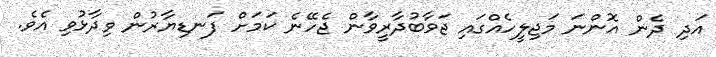
އަދި ދެން އޮންނަ މަޖިލީހެއްގައި ޖަވާބުދާރީވާން ޖެހޭނެ ކަމަށް ފަނޑިޔާރުން ވިދާޅުވި އެވެ.